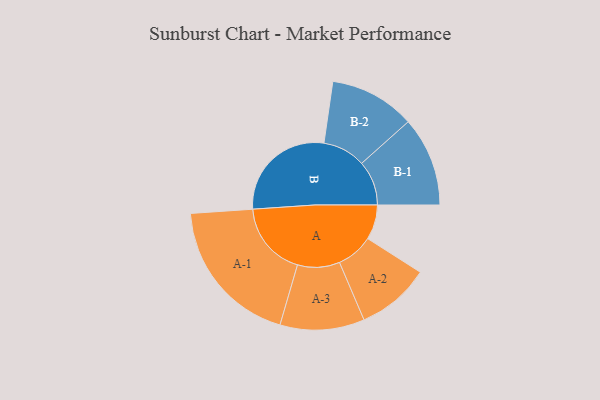
{"axis": {"x": "Segment", "y": "Value"}, "legend": ["", "A", "B"], "data": [{"x": "A", "y": 109, "type": ""}, {"x": "B", "y": 342, "type": ""}, {"x": "A-1", "y": 234, "type": "A"}, {"x": "A-2", "y": 115, "type": "A"}, {"x": "A-3", "y": 132, "type": "A"}, {"x": "B-1", "y": 140, "type": "B"}, {"x": "B-2", "y": 134, "type": "B"}]}